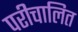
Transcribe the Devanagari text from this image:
परीचालित